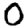
Digit: 0